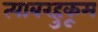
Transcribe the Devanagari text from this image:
त्याबरहुकूम